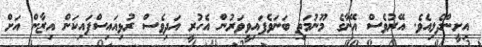
އިށީންދެލިއެވެ. އޭރުވެސް އޭނާގެ މޫނުމަތި ބަނަވެފައިވީވަރުން އެހުރީ އަދިވެސް ރުޅިއައިސްފައިކަން އިޒާން އަށް